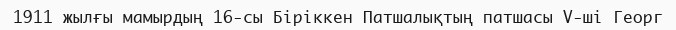
1911 жылғы мамырдың 16-сы Біріккен Патшалықтың патшасы V-ші Георг